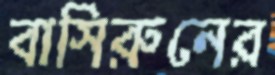
বাসিরুনের